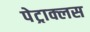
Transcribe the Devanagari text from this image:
पेट्राक्लस